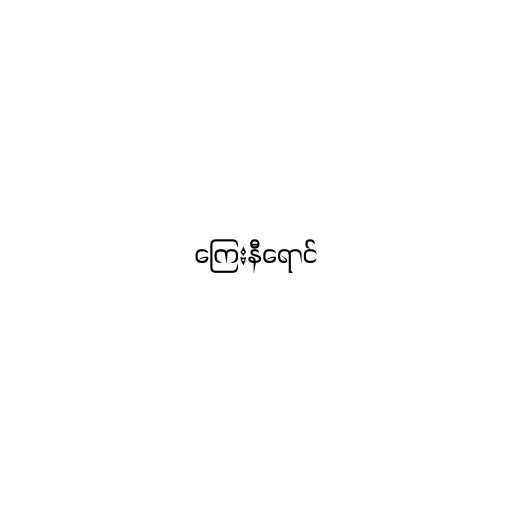
ကြေးနီရောင်